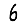
Digit: 6